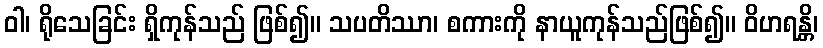
ဝါ၊ ရိုသေခြင်း ရှိကုန်သည် ဖြစ်၍။ သပတိဿာ၊ စကားကို နာယူကုန်သည်ဖြစ်၍။ ဝိဟရန္တိ၊